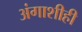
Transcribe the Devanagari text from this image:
अंगाशीही